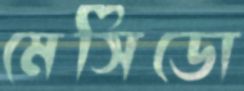
মেসিডো